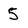
Character: 5